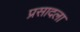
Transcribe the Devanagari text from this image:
प्रसादला